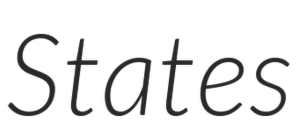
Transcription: States